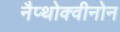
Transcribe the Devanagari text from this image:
नैप्थोक्वीनोन